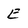
Character: E